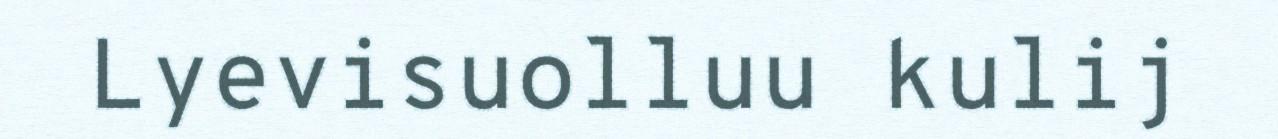
Lyevisuolluu kulij